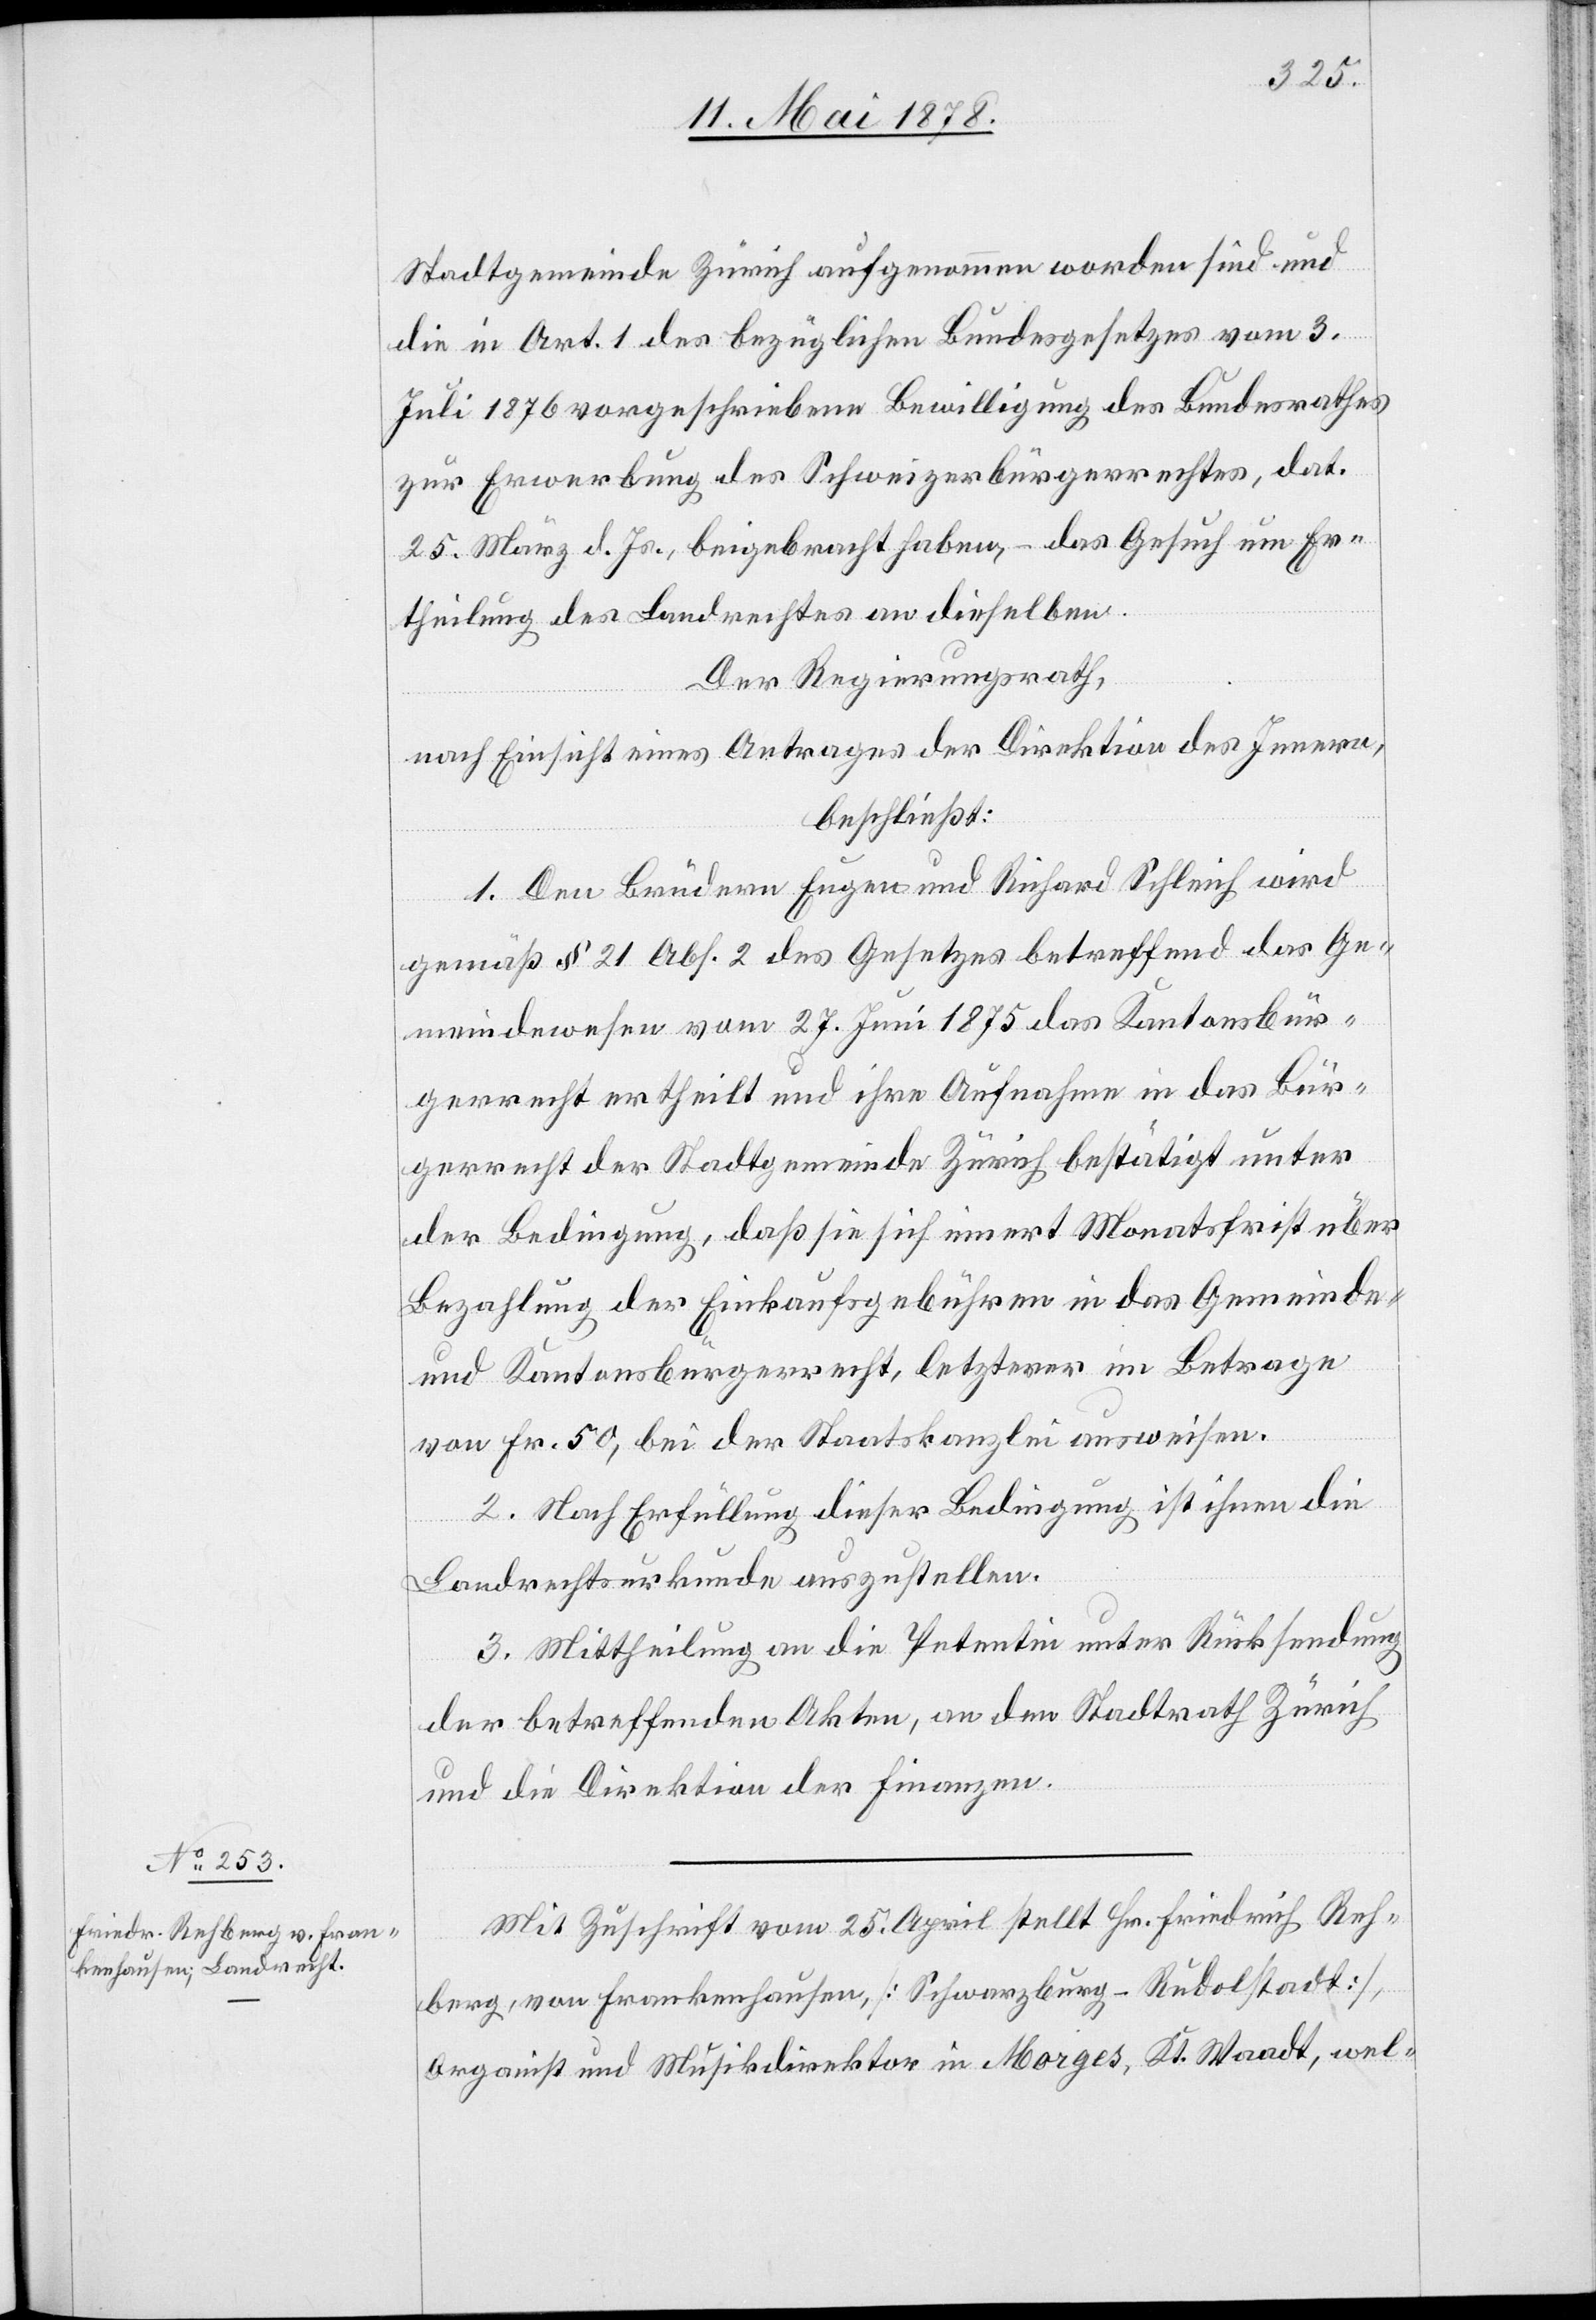
Stadtgemeinde Zürich aufgenommen worden sind und
die in Art. 1 des bezüglichen Bundesgesetzes vom 3.
Juli 1876 vorgeschriebene Bewilligung des Bundesrathes
zur Erwerbung des Schweizerbürgerrechtes, dat.
25. März d. Js., beigebracht haben, – das Gesuch um Er¬
theilung des Landrechtes an dieselben.
Der Regierungsrath,
nach Einsicht eines Antrages der Direktion des Innern,
beschließt:
1. Den Brüdern Eugen und Richard Schleich wird
gemäß § 21 Abs. 2 des Gesetzes betreffend das Ge¬
meindewesen vom 27. Juni 1875 das Kantonsbür¬
gerrecht ertheilt und ihre Aufnahme in das Bür¬
gerrecht der Stadtgemeinde Zürich bestätigt unter
der Bedingung, daß sie sich innert Monatsfrist über
Bezahlung der Einkaufsgebühren in das Gemeinde-
und Kantonsbürgerrecht, letzterer im Betrage
von Fr. 50, bei der Staatskanzlei ausweisen.
2. Nach Erfüllung dieser Bedingung ist ihnen die
Landrechtsurkunde auszustellen.
3. Mittheilung an die Petentin unter Rücksendung
der betreffenden Akten, an den Stadtrath Zürich
und die Direktion der Finanzen.
Mit Zuschrift vom 25. April stellt Hr. Friedrich Reh¬
berg, von Frankenhausen [Schwarzburg - Rudolfstadt],
Organist und Musikdirektor in Morges, Kt. Waadt, wel-